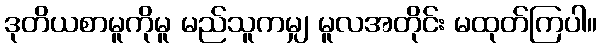
ဒုတိယစာမူကိုမူ မည်သူကမျှ မူလအတိုင်း မထုတ်ကြပါ။